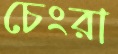
চেংরা